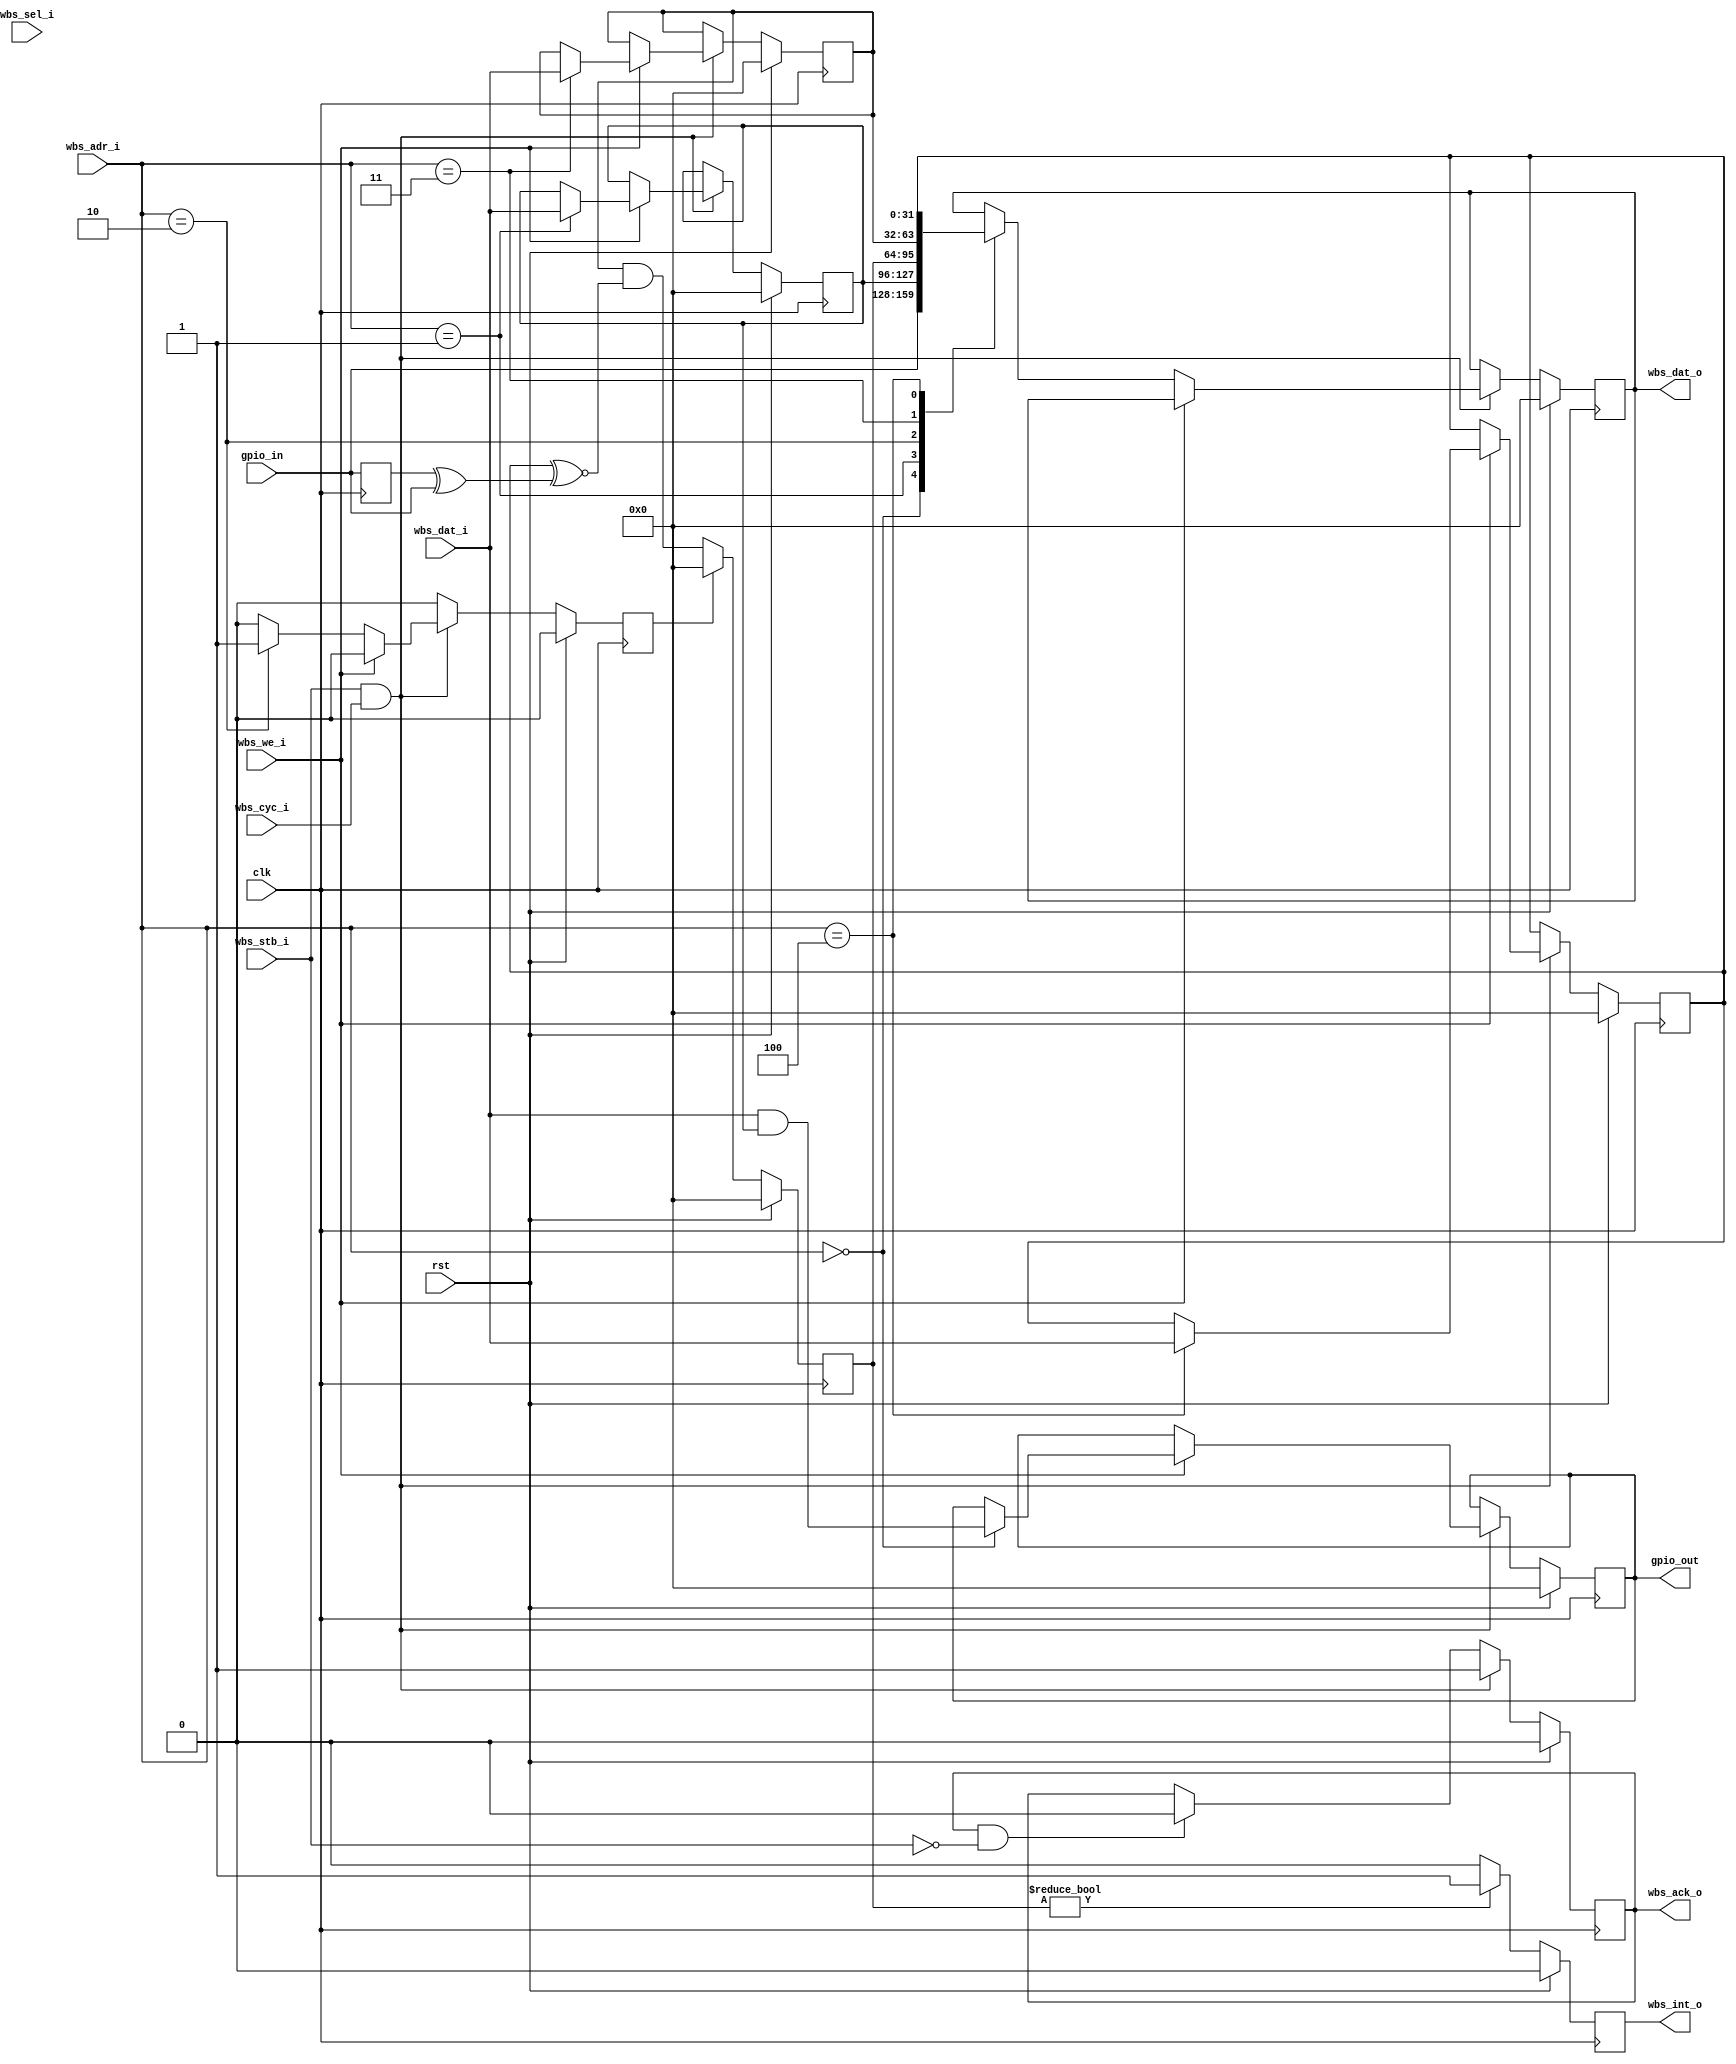
//wb_gpio.v
/*
Distributed under the MIT license.
Copyright (c) 2011 Dave McCoy (dave.mccoy@cospandesign.com)

Permission is hereby granted, free of charge, to any person obtaining a copy of
this software and associated documentation files (the "Software"), to deal in 
the Software without restriction, including without limitation the rights to 
use, copy, modify, merge, publish, distribute, sublicense, and/or sell copies 
of the Software, and to permit persons to whom the Software is furnished to do 
so, subject to the following conditions:

The above copyright notice and this permission notice shall be included in all 
copies or substantial portions of the Software.

THE SOFTWARE IS PROVIDED "AS IS", WITHOUT WARRANTY OF ANY KIND, EXPRESS OR 
IMPLIED, INCLUDING BUT NOT LIMITED TO THE WARRANTIES OF MERCHANTABILITY, 
FITNESS FOR A PARTICULAR PURPOSE AND NONINFRINGEMENT. IN NO EVENT SHALL THE 
AUTHORS OR COPYRIGHT HOLDERS BE LIABLE FOR ANY CLAIM, DAMAGES OR OTHER 
LIABILITY, WHETHER IN AN ACTION OF CONTRACT, TORT OR OTHERWISE, ARISING FROM, 
OUT OF OR IN CONNECTION WITH THE SOFTWARE OR THE USE OR OTHER DEALINGS IN THE 
SOFTWARE.
*/

/*
	10/29/2011
		-added an 'else' statement that so either the
		reset HDL will be executed or the actual code
		not both
*/

/*
	10/23/2011
		-fixed the wbs_ack_i to wbs_ack_o
		-added the default entries for read and write
			to illustrate the method of communication
		-added license
*/
/*
	9/10/2011
		-removed the duplicate wbs_dat_i
		-added the wbs_sel_i port
*/

/*
	Use this to tell sycamore how to populate the Device ROM table
	so that users can interact with your slave

	META DATA

	identification of your device 0 - 65536
	DRT_ID:  1

	flags (read drt.txt in the slave/device_rom_table directory 1 means
	a standard device
	DRT_FLAGS:  1

	number of registers this should be equal to the nubmer of ADDR_???
	parameters
	DRT_SIZE:  5

	USER_PARAMETER: INTERRUPT_MASK
	USER_PARAMETER: INTERRUPT_EDGE

*/


module wb_gpio (
	clk,
	rst,

	//Add signals to control your device here

	wbs_we_i,
	wbs_cyc_i,
	wbs_sel_i,
	wbs_dat_i,
	wbs_stb_i,
	wbs_ack_o,
	wbs_dat_o,
	wbs_adr_i,
	wbs_int_o,

	gpio_in,
	gpio_out
);

parameter INTERRUPT_MASK = 0;
parameter INTERRUPT_EDGE = 0;

input 				clk;
input 				rst;

//wishbone slave signals
input 				wbs_we_i;
input 				wbs_stb_i;
input 				wbs_cyc_i;
input		[3:0]	wbs_sel_i;
input		[31:0]	wbs_adr_i;
input  		[31:0]	wbs_dat_i;
output reg  [31:0]	wbs_dat_o;
output reg			wbs_ack_o;
output reg			wbs_int_o;


//gpio
input		[31:0]	gpio_in;
output reg	[31:0]	gpio_out;


parameter			ADDR_GPIO			=	32'h00000000;
parameter			ADDR_GPIO_MASK		=	32'h00000001;
parameter			ADDR_INTERRUPTS		=	32'h00000002;
parameter			ADDR_INTERRUPT_EN	=	32'h00000003;
parameter			ADDR_INTERRUPT_EDGE =	32'h00000004;


//gpio registers
reg			[31:0]	gpio_mask;

//interrupt registers
reg			[31:0]	interrupts;
reg			[31:0]	interrupt_mask;
reg			[31:0]	interrupt_edge;
reg					clear_interrupts;

//blocks
always @ (posedge clk) begin

	clear_interrupts 	<= 0;

	if (rst) begin
		wbs_dat_o	<= 32'h00000000;
		wbs_ack_o	<= 0;

		//reset gpio's
		gpio_out			<= 32'h00000000;
		gpio_mask			<= 32'h00000000;


		//reset interrupts
		interrupt_mask		<= INTERRUPT_MASK;
		interrupt_edge		<= INTERRUPT_EDGE;
	end

	else begin
		//when the master acks our ack, then put our ack down
		if (wbs_ack_o & ~ wbs_stb_i)begin
			wbs_ack_o <= 0;
		end

		if (wbs_stb_i & wbs_cyc_i) begin
			//master is requesting somethign
			if (wbs_we_i) begin
				//write request
				case (wbs_adr_i) 
					ADDR_GPIO: begin
						$display("user wrote %h", wbs_dat_i);
						gpio_out	<= wbs_dat_i & gpio_mask;
					end
					ADDR_GPIO_MASK: begin
						$display("%h ->gpio_mask", wbs_dat_i);
						gpio_mask	<= wbs_dat_i;
					end
					ADDR_INTERRUPTS: begin
						$display("trying to write %h to interrupts?!", wbs_dat_i);
						//can't write to the interrupt
					end
					ADDR_INTERRUPT_EN: begin
						$display("%h -> interrupt enable", wbs_dat_i);
						interrupt_mask	<= wbs_dat_i;
					end
					ADDR_INTERRUPT_EDGE: begin
						$display("%h -> interrupt_edge", wbs_dat_i);
						interrupt_edge	<= wbs_dat_i;
					end
					default: begin
					end
				endcase
			end

			else begin 
				//read request
				case (wbs_adr_i)
					ADDR_GPIO: begin
						$display("user read %h", wbs_adr_i);
						wbs_dat_o <= gpio_in;
					end
					ADDR_GPIO_MASK: begin
						$display("user read %h", wbs_adr_i);
						wbs_dat_o <= gpio_mask;
					end
					ADDR_INTERRUPTS: begin
						$display("user read %h", wbs_adr_i);
						wbs_dat_o 			<= interrupts;
						clear_interrupts	<= 1;
					end
					ADDR_INTERRUPT_EN: begin
						$display("user read %h", wbs_adr_i);
						wbs_dat_o			<= interrupt_mask;
					end
					ADDR_INTERRUPT_EDGE: begin
						$display("user read %h", wbs_adr_i);
						wbs_dat_o			<= interrupt_edge;
					end
					default: begin
					end
				endcase
			end
			wbs_ack_o <= 1;
		end
	end
end

//interrupts
reg	[31:0]	prev_gpio_in;

//this is the change
wire [31:0]	gpio_edge;
assign gpio_edge	= prev_gpio_in ^ gpio_in;

/*
initial begin
	$monitor ("%t, interrupts: %h, mask: %h, edge: %h, gpio_edge: %h", $time, interrupts, interrupt_mask, interrupt_edge, gpio_edge);
end
*/


always @ (posedge clk) begin

	if (rst) begin
		interrupts	<= 32'h00000000;
		wbs_int_o	<= 0;
	end
	else begin
		if (clear_interrupts) begin
			interrupts <= 32'h00000000;
		end
		else begin
			//check to see if there was a negative or postive edge that occured
			interrupts	<= interrupt_mask & (interrupt_edge ^~ gpio_edge);
		end
		if (interrupts != 0) begin
			//tell the master that we have interrupts
			$display ("found an interrupt in the slave");
			wbs_int_o	<= 1;
		end
		else begin
			wbs_int_o	<= 0;
		end
	end
	prev_gpio_in	<= gpio_in;
end

endmodule